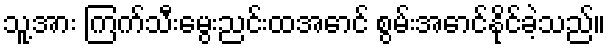
သူ့အား ကြက်သီးမွေးညင်းထအောင် စွမ်းအောင်နိုင်ခဲ့သည်။